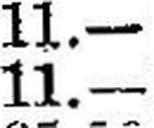
11.—